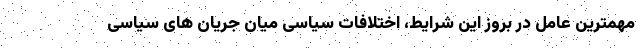
مهمترین عامل در بروز این شرایط، اختلافات سیاسی میان جریان های سیاسی